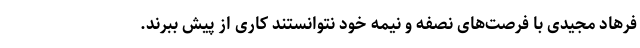
فرهاد مجیدی با فرصت‌های نصفه و نیمه خود نتوانستند کاری از پیش ببرند.